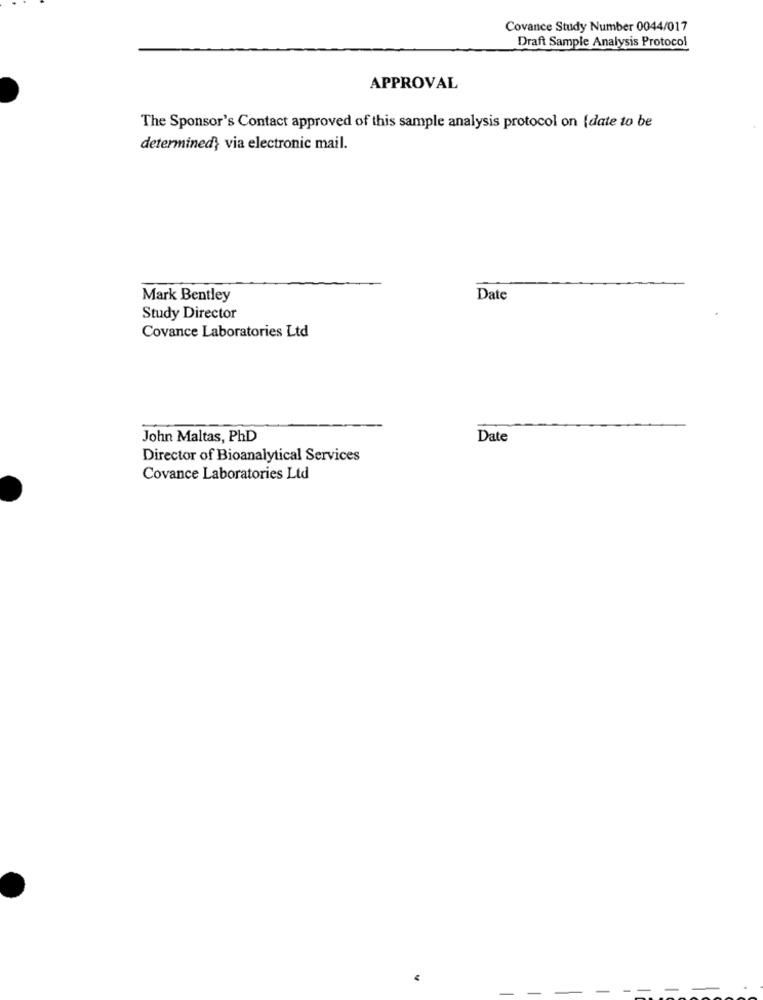
Covance Study Number 0044/017
Draft Sample Analysis Protocol
APPROVAL
The Sponsor's Contact approved of this sample analysis protocol on {date to be
determined} via electronic mail.
Mark Bentley
Date
Study Director
Covance Laboratories Ltd
John Maltas, PhD
Date
Director of Bioanalytical Services
Covance Laboratories Ltd